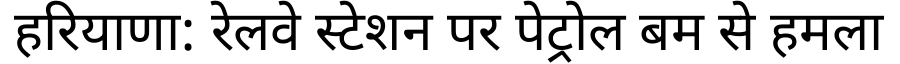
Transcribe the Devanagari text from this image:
हरियाणा: रेलवे स्टेशन पर पेट्रोल बम से हमला